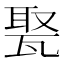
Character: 𤭡